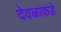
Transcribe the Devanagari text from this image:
देवळांकडे